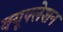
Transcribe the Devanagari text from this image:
क्यूफ्लेशन